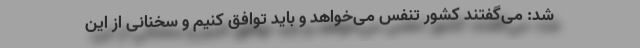
شد: می‌گفتند کشور تنفس می‌خواهد و باید توافق کنیم و سخنانی از این